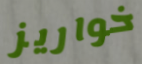
خواريز